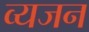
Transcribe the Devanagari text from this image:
व्यजन